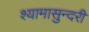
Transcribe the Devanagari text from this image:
श्यामासुन्दरी